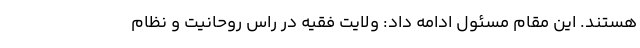
هستند. این مقام مسئول ادامه داد: ولایت فقیه در راس روحانیت و نظام